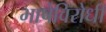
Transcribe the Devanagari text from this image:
भाषेविरोधी